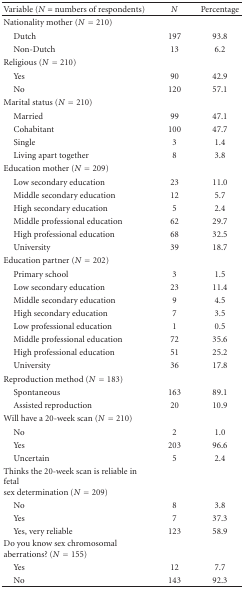
| Variable (N = numbers of respondents) | N | Percentage |
 | --- | --- | --- |
 | Nationality mother (N = 210) |  |  |
 | Dutch | 197 | 93.8 |
 | Non-Dutch | 13 | 6.2 |
 | Religious (N = 210) |  |  |
 | Yes | 90 | 42.9 |
 | No | 120 | 57.1 |
 | Marital status (N = 210) |  |  |
 | Married | 99 | 47.1 |
 | Cohabitant | 100 | 47.7 |
 | Single | 3 | 1.4 |
 | Living apart together | 8 | 3.8 |
 | Education mother (N = 209) |  |  |
 | Low secondary education | 23 | 11.0 |
 | Middle secondary education | 12 | 5.7 |
 | High secondary education | 5 | 2.4 |
 | Middle professional education | 62 | 29.7 |
 | High professional education | 68 | 32.5 |
 | University | 39 | 18.7 |
 | Education partner (N = 202) |  |  |
 | Primary school | 3 | 1.5 |
 | Low secondary education | 23 | 11.4 |
 | Middle secondary education | 9 | 4.5 |
 | High secondary education | 7 | 3.5 |
 | Low professional education | 1 | 0.5 |
 | Middle professional education | 72 | 35.6 |
 | High professional education | 51 | 25.2 |
 | University | 36 | 17.8 |
 | Reproduction method (N = 183) |  |  |
 | Spontaneous | 163 | 89.1 |
 | Assisted reproduction | 20 | 10.9 |
 | Will have a 20-week scan (N = 210) |  |  |
 | No | 2 | 1.0 |
 | Yes | 203 | 96.6 |
 | Uncertain | 5 | 2.4 |
 | Thinks the 20-week scan is reliable in fetal sex determination (N = 209) |  |  |
 | No | 8 | 3.8 |
 | Yes | 7 | 37.3 |
 | Yes, very reliable | 123 | 58.9 |
 | Do you know sex chromosomal aberrations? (N = 155) |  |  |
 | Yes | 12 | 7.7 |
 | No | 143 | 92.3 |